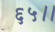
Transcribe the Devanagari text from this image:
६५।।